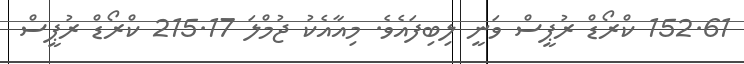
152.61 ކްރޯޑް ރުޕީސް ވަނީ ލިބިފައެވެ. މިއާއެކު ޖުމްލަ 215.17 ކްރޯޑް ރުޕީސް